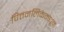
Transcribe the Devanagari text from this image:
पित्तनलिकेमधून